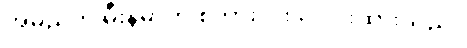
အမည်ကို မီးန်မာဟု စကားလုံး ပေါင်းထားသည်။